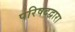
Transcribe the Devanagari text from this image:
परिषदद्वारा